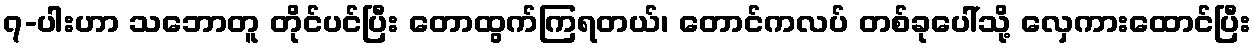
၇-ပါးဟာ သဘောတူ တိုင်ပင်ပြီး တောထွက်ကြရတယ်၊ တောင်ကလပ် တစ်ခုပေါ်သို့ လှေကားထောင်ပြီး